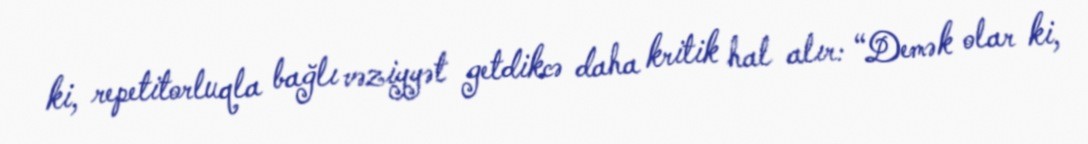
ki, repetitorluqla bağlı vəziyyət getdikcə daha kritik hal alır: “Demək olar ki,